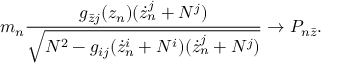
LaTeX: m _ { n } \frac { g _ { \bar { z } j } ( z _ { n } ) ( \dot { z } _ { n } ^ { j } + N ^ { j } ) } { \sqrt { N ^ { 2 } - g _ { i j } ( \dot { z } _ { n } ^ { i } + N ^ { i } ) ( \dot { z } _ { n } ^ { j } + N ^ { j } ) } } \rightarrow P _ { n \bar { z } } .